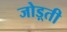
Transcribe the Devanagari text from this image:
जोड़्ती